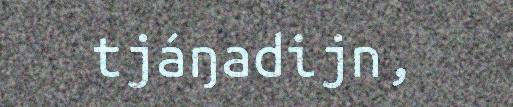
tjáŋadijn,